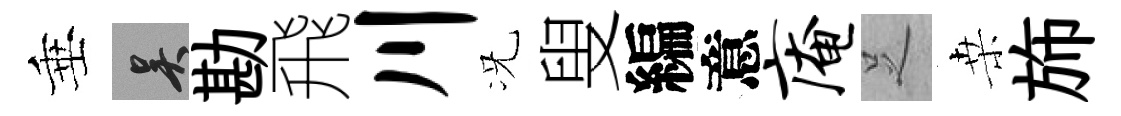
垂吴勘飛川况叟編意庵𠯁桒斾